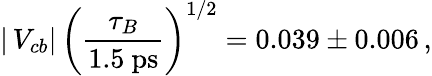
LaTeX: |\, V_{cb}|\, \bigg({\frac{\tau_{B}}{1.5~\mathrm{ps}}}\bigg)^{1/2}=0.039\pm 0.006\, ,